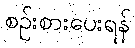
စဉ်းစားပေးရန်